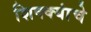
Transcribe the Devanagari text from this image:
शिक्क्यांचे